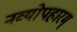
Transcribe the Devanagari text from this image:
नव्योपहारम्